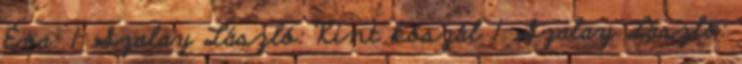
Éva: 1 Szalay László: Kint kószál 1 Szalay László: